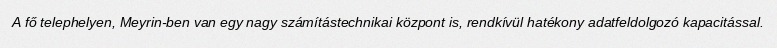
A fő telephelyen, Meyrin-ben van egy nagy számítástechnikai központ is, rendkívül hatékony adatfeldolgozó kapacitással.